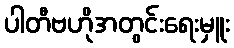
ပါတီဗဟိုအတွင်းရေးမှူး